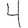
Digit: 4